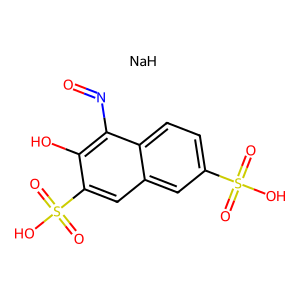
SMILES: O=Nc1c(O)c(S(=O)(=O)O)cc2cc(S(=O)(=O)O)ccc12.[NaH]
Inhibits HIV replication: No